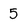
Character: 5